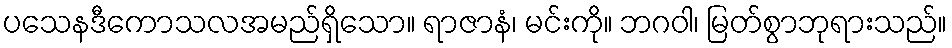
ပသေနဒီကောသလအမည်ရှိသော။ ရာဇာနံ၊ မင်းကို။ ဘဂဝါ၊ မြတ်စွာဘုရားသည်။